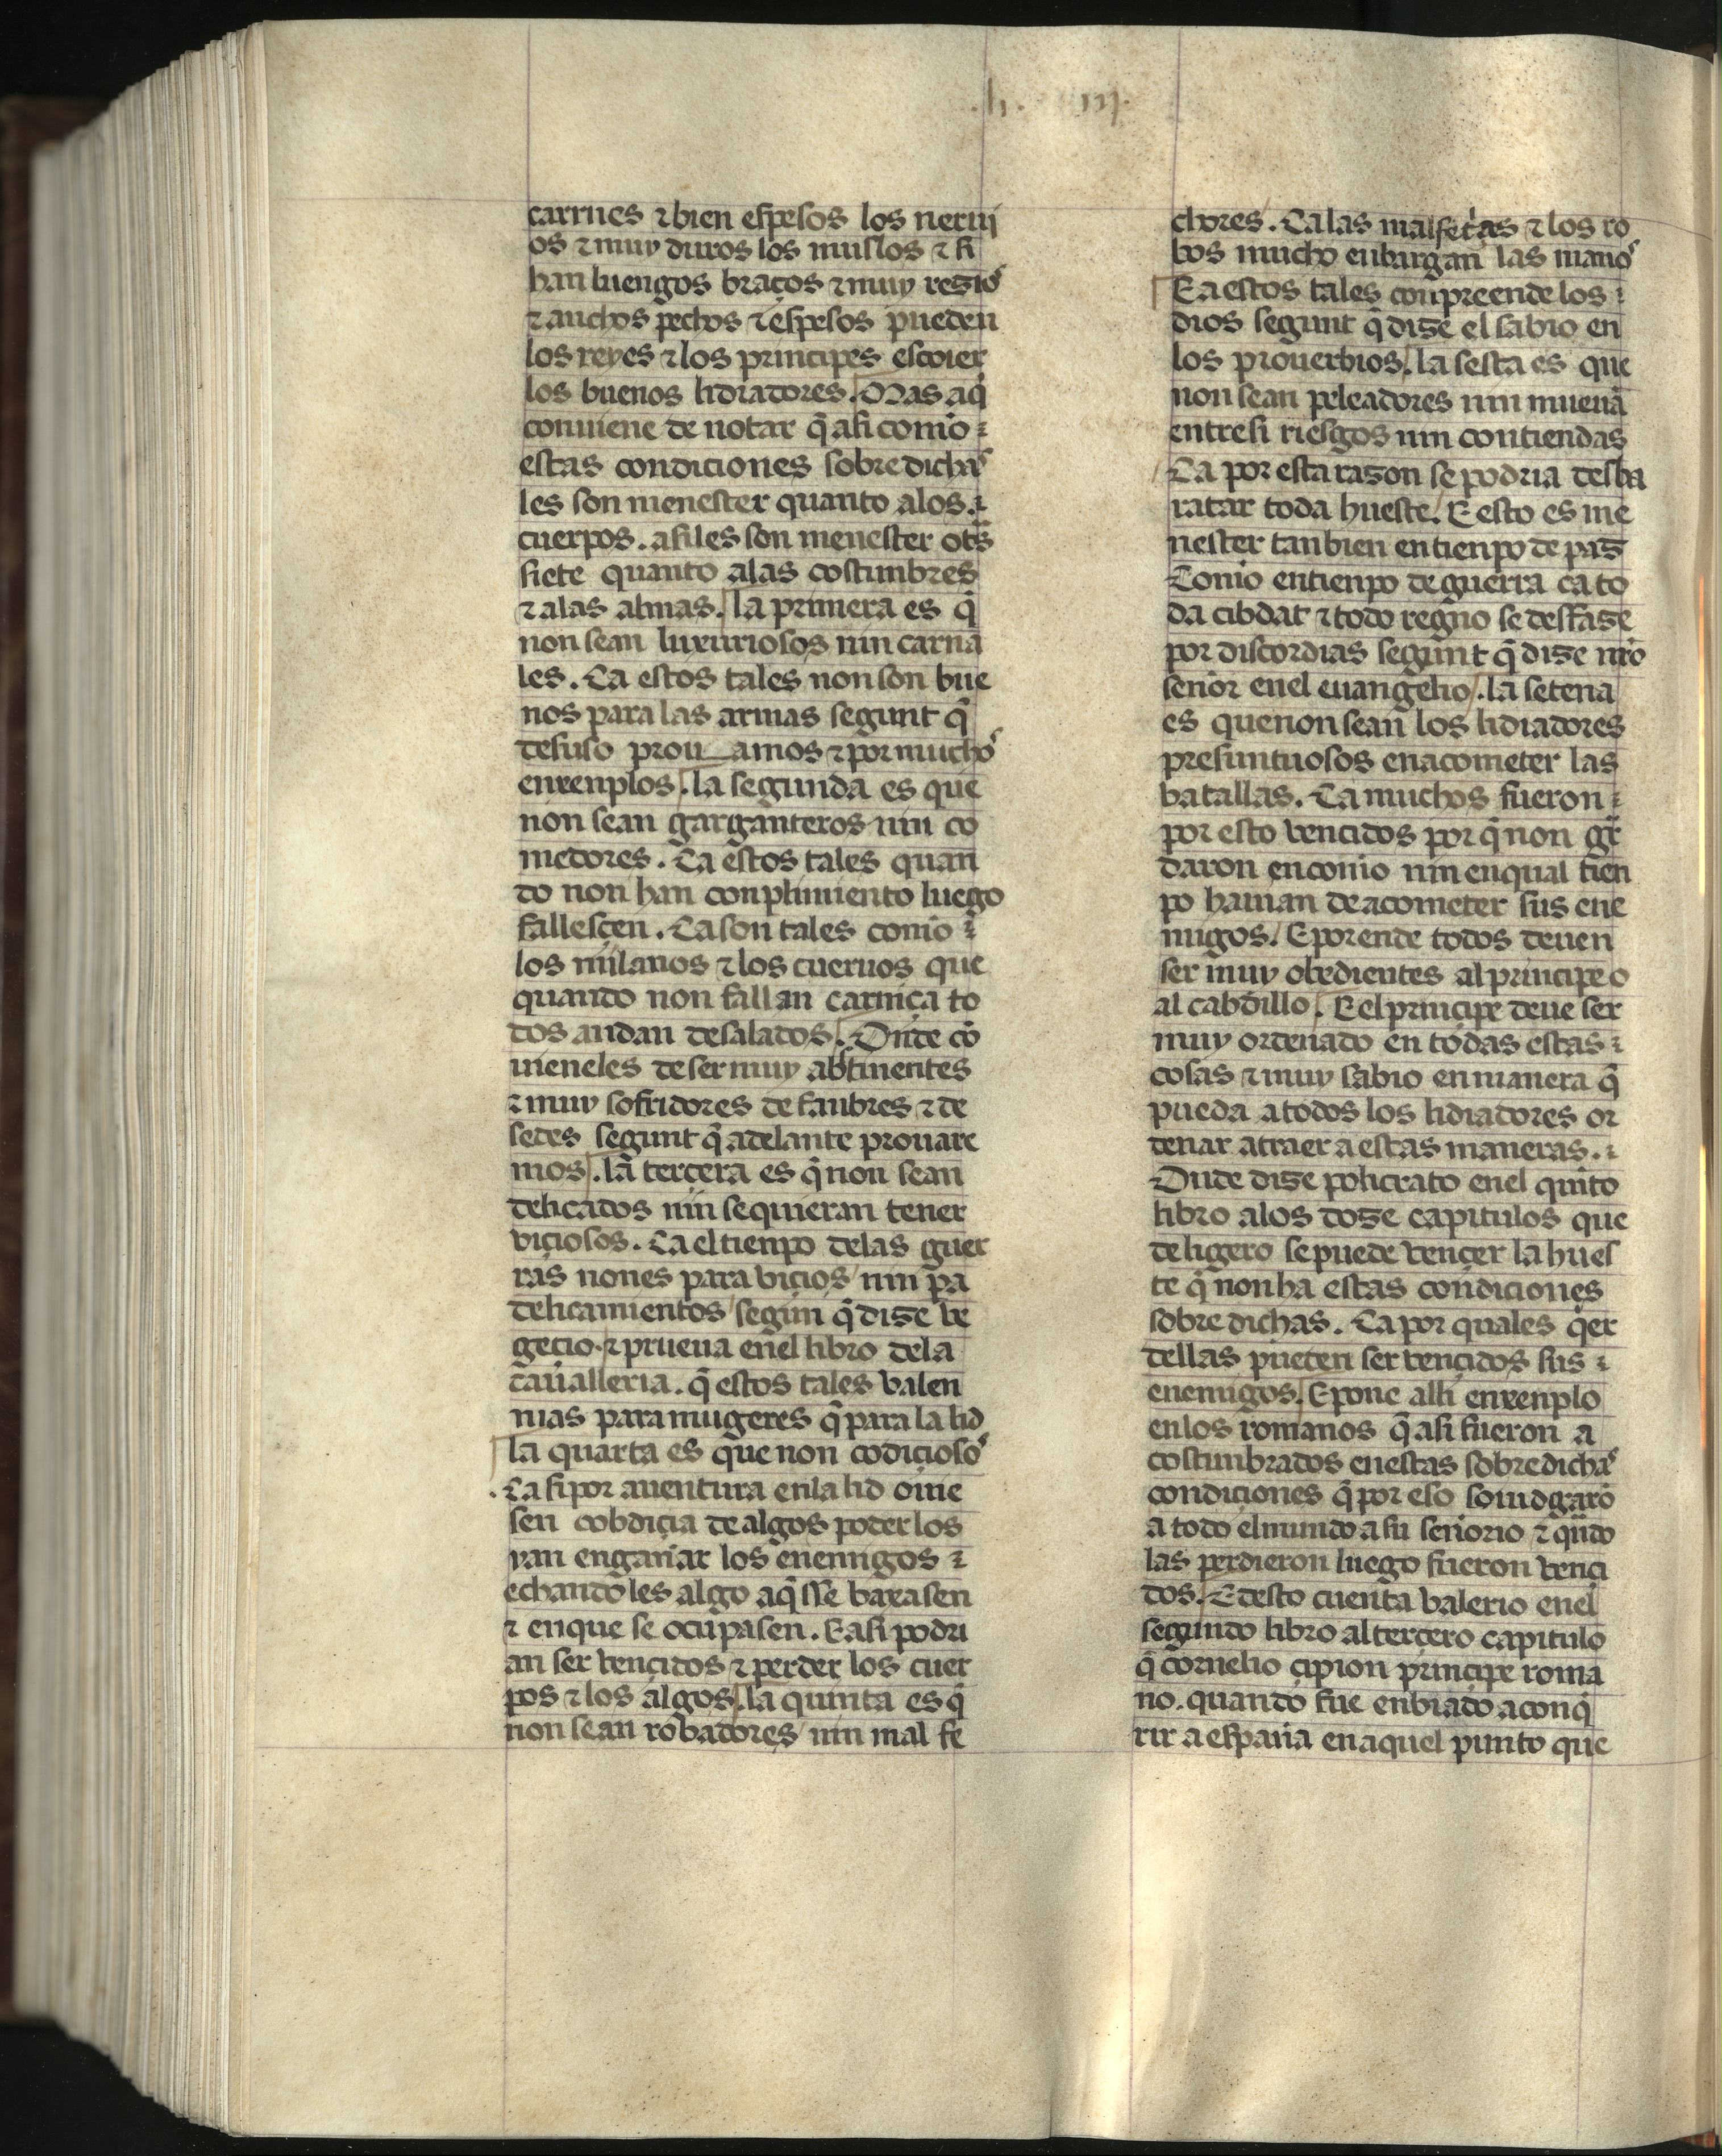
Shelfmark: Madrid, Fundación Lázaro Galdiano, mss 289
Century: 15